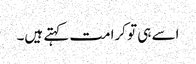
اسے ہی تو کرامت کہتے ہیں۔